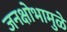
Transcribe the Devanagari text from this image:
जनक्षोभामुळे